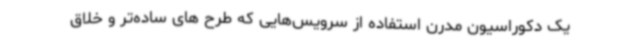
یک دکوراسیون مدرن استفاده از سرویس‌هایی که طرح های ساده‌تر و خلاق